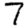
Digit: 7